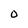
Character: O